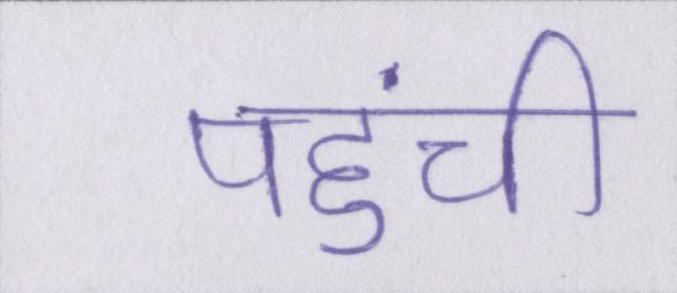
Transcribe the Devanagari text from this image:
पहुंची